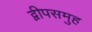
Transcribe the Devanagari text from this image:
द्वीपसमुह